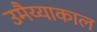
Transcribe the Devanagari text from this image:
उमैय्याकाल